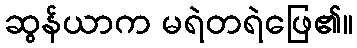
ဆွန်ယာက မရဲတရဲဖြေ၏။